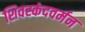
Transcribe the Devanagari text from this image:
शिवस्कंदवर्मन